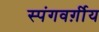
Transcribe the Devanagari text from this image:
स्पंगवर्ग़ीय